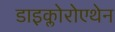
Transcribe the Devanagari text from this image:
डाइक्लोरोएथेन